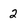
Character: 2